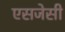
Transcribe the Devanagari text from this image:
एसजेसी